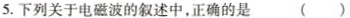
5.下列关于电磁波的叙述中，正确的是( )